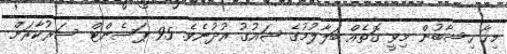
މިހާ ހިސާބުން މިވީ ގޮތެއް ބަލާލުމުގެ ޝައުގު އުދުނެވެ. 95 ޕަސެންޓް ސަރުކާރަށް